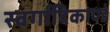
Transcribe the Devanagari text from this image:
स्वर्गादिकाण्डं